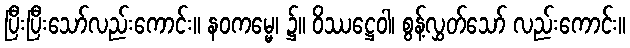
ပြီးပြီးသော်လည်းကောင်း။ နဝကမ္မေ၊ ၌။ ဝိဿဋ္ဌေဝါ၊ စွန့်လွှတ်သော် လည်းကောင်း။